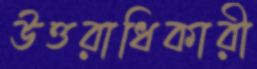
উত্তরাধিকারী